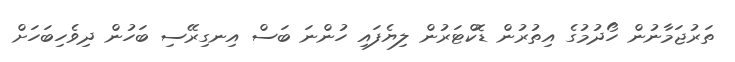
ތަރުޖަމާނުން ހޯދުމުގެ އިތުރުން ޑޮކްޓަރުން ލިޔެފައި ހުންނަ ބަސް އިނގިރޭސި ބަހުން ދިވެހިބަހަށް